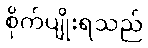
စိုက်ပျိုးရသည်